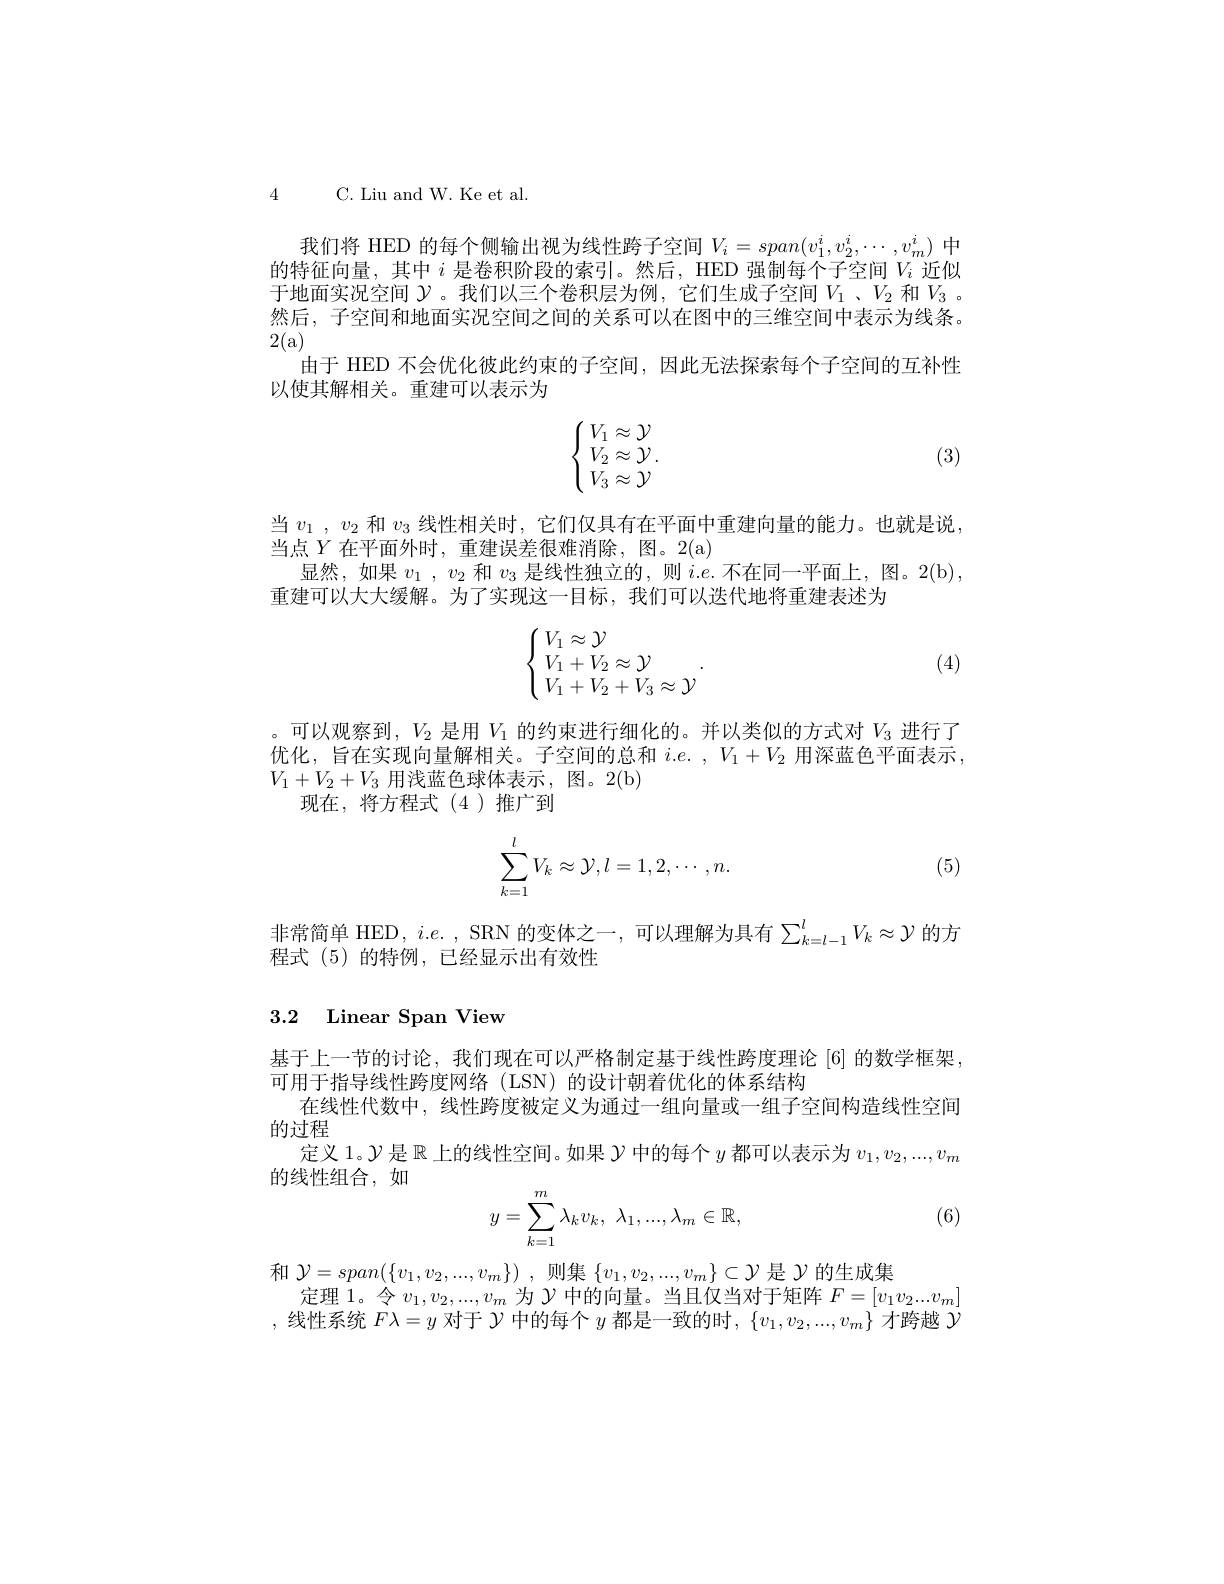
4 C. Liu and W. Ke et al.

我们将 HED 的每个侧输出视为线性跨子空间$V_i=span(v_1^i,v_2^i,\cdots,v_m^i)$中的特征向量，其中$i$是卷积阶段的索引。然后，HED 强制每个子空间$V_{i}$近似于地面实况空间$\mathcal{Y}$。我们以三个卷积层为例，它们生成子空间$V_1$ 、$V_2$和$V_3$ 。然后，子空间和地面实况空间之间的关系可以在图中的三维空间中表示为线条。2(a).
由于 HED 不会优化彼此约束的子空间，因此无法探索每个子空间的互补性
以使其解相关。重建可以表示为
$$\left\{\begin{array}{l}V_1\approx\mathcal{Y}\\V_2\approx\mathcal{Y}\\V_3\approx\mathcal{Y}\end{array}\right..$$
(3)

当$v_1$ , $v_2$和$v_3$线性相关时，它们仅具有在平面中重建向量的能力。也就是说，
当点$Y$在平面外时，重建误差很难消除，图。2(a)
显然，如果$v_1$ , $v_{2}$和$v_{3}$是线性独立的，则$i.e.$不在同一平面上，图。2(b),
重建可以大大缓解。为了实现这一目标，我们可以迭代地将重建表述为
$$\left\{\begin{array}{l}V_1\approx\mathcal{Y}\\V_1+V_2\approx\mathcal{Y}\\V_1+V_2+V_3\approx\mathcal{Y}\end{array}\right..$$
(4)

。可以观察到，$V_{2}$是用$V_1$的约束进行细化的。并以类似的方式对$V_{3}$进行了优化，旨在实现向量解相关。子空间的总和$i. e.$ , $V_1+ V_2$用深蓝色平面表示， $V_1+V_2+V_3$用浅蓝色球体表示，图。2(b)
现在，将方程式(4)推广到
$$\displaystyle\sum_{k=1}^lV_k\approx\mathcal{Y},l=1,2,\cdots,n.$$
(5)

非常简单 HED, $i.e.$, SRN 的变体之一，可以理解为具有$\sum_k=l-1^lV_k\approx\mathcal{Y}$的方
程式(5)的特例，已经显示出有效性

### 3.2 Linear Span View

基于上一节的讨论，我们现在可以严格制定基于线性跨度理论 [6] 的数学框架，
可用于指导线性跨度网络 (LSN) 的设计朝着优化的体系结构
在线性代数中，线性跨度被定义为通过一组向量或一组子空间构造线性空间
的过程
定义 1。$\mathcal{Y}$是$\mathbb{R}$上的线性空间。如果$\mathcal{Y}$中的每个$y$都可以表示为$v_1,v_2,...,v_m$
的线性组合，如
$$y=\sum\limits_{k=1}^m\lambda_kv_k,\:\lambda_1,...,\lambda_m\in\mathbb{R},$$
(6)

和$\mathcal{Y} = span( \{ v_1, v_2, . . . , v_m\} )$ ,则集$\{v_1,v_2,...,v_m\}\subset\mathcal{Y}$是$\mathcal{Y}$的生成集
定理 1。令$v_1,v_2,...,v_m$为$\mathcal{Y}$中的向量。当且仅当对于矩阵$F=[v_1v_2...v_m]$ ,线性系统$F\lambda=y$对于$\mathcal{Y}$中的每个$y$都是一致的时$,\{v_1,v_2,...,v_m\}$才跨越$\mathcal{Y}$